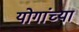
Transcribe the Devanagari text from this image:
योगांच्या